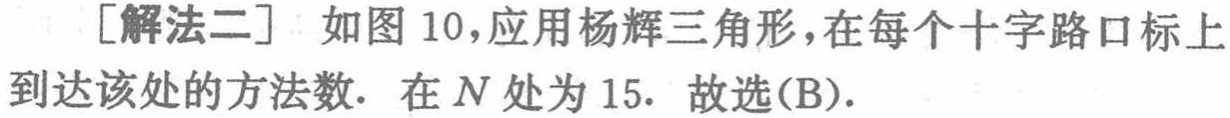
[解法二] 如图 10，应用杨辉三角形，在每个十字路口标上到达该处的方法数. 在 \(N\) 处为 15. 故选(B).